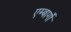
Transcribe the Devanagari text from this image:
एम्बार्गो